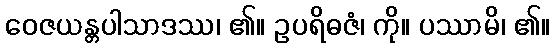
ဝေဇယန္တပါသာဒဿ၊ ၏။ ဥပရိဓဇံ၊ ကို။ ပဿာမိ၊ ၏။